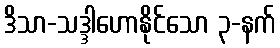
ဒိသာ-သဒ္ဒါဟောနိုင်သော ၃-နက်